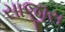
સાજીસ